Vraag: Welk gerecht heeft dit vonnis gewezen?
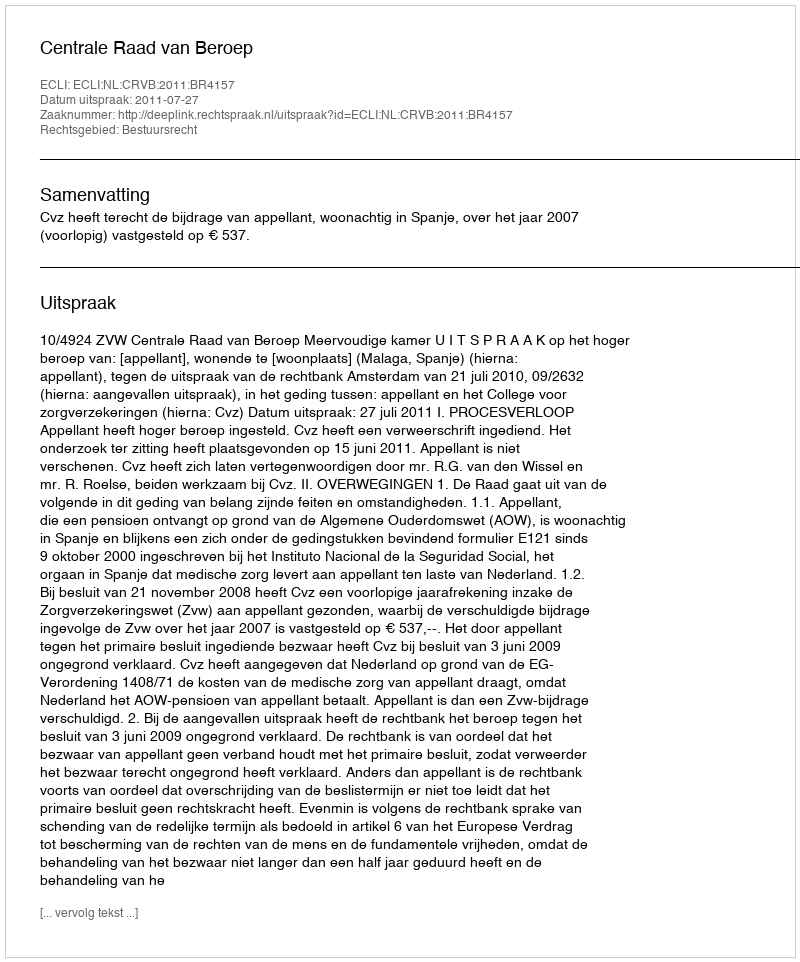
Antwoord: Centrale Raad van Beroep